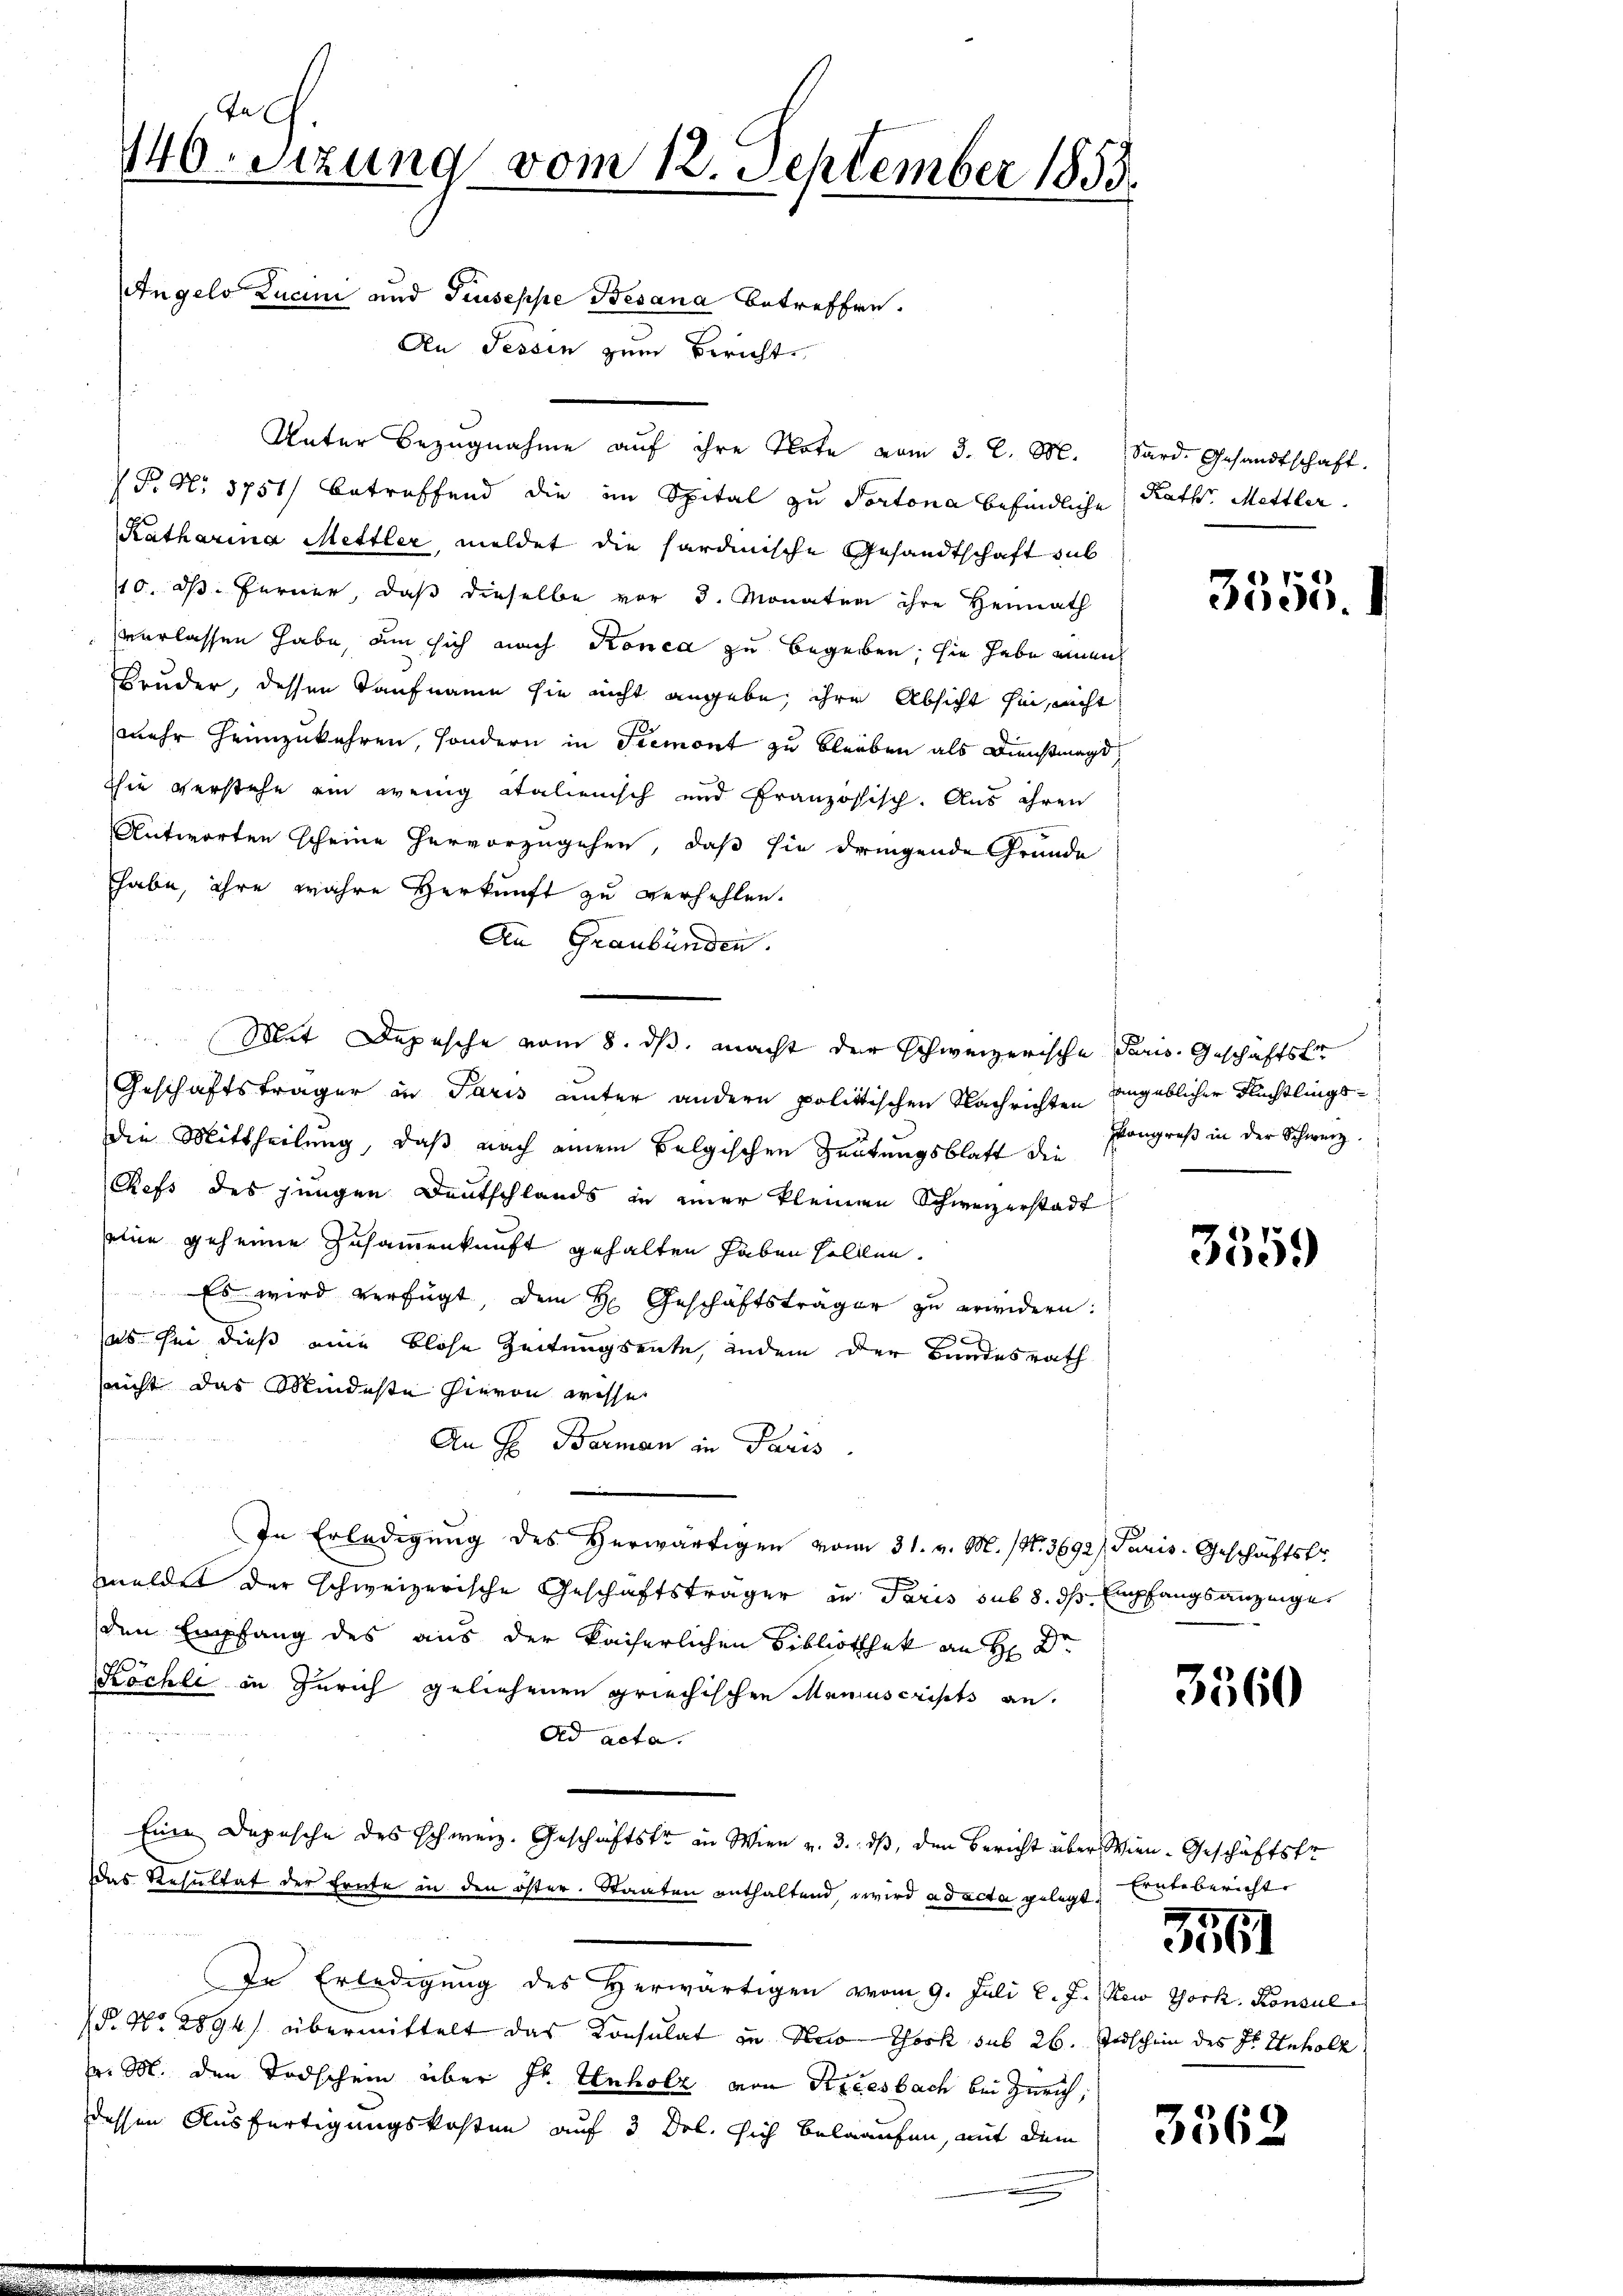
Angelo Lucini und Pruseppe Besana betreffen.
An Tessin zum Bericht
P. Nr. 3751) betreffend die im Spital zu Portona befindliche
Katharina Mettler, meldet die hardinische Gesandtschaft sub
10. ds. Ferner, daß dieselbe vor 3. Monaten ihre Heimath
verlassen habe, um sich nach Ronca zu begeben, sie habe einen
Bruder, dessen Taufname sie nicht angebe, ihre Absicht hin, nicht
mehr heimzukehren, sondern in Tremont zu bleiben als Dienstmagd,
hie verstehe ein wenig italienisch und Französisch. Aus ihren
Antworten scheine hervorzugehen, daß sie dringende Grunde
habe, ihre wahre Herkunft zu verhehlen.
An Graubünden.
Geschäftsträger in Paris unter andern politischen Nachrichten angeblicher Flüchtlingsdie Mittheilung, daß nach einem Belgischen Zeitungsblatt die
Chefs des jungen Deutschlands in einer kleinen Schweizerstadt
seine geheime Zusammenkunft gehalten haben sollen.
Es wird verfügt dem H. Geschäftsträger zu erwidern:
es für dieß eine blose Zeitungsente, indem der Bundesrath
nicht das Mindeste hievon wisse
t
An H. Barman in Paris.
In Erledigung des Herwärtigen vom 31. v. M. (N. 3692), Paris. Geschäftstr
meldet der schweizerische Geschäftsträger in Paris sub 8. ds Empfangsanzeiger
den Empfang des aus der kaiserlichen Bibliothek an H: Dr.
Köchli in Zürich geliehenen griechischen Manuscripts an.
Ad acta.
Eine Depesche des Schweiz. Geschäftstr an Wien v. 3. ds, den Bericht über Wien. Geschäftsfr
Das Resultat der heute in den öster. Staaten enthaltend, wird ad acta gelegt.
In Erledigung des herwärtigen vom 9. Juli l. J. New York, Konsul
(P. No. 2894) übermittelt das Konsulat zu Nao York sub 26. Todschein des Hr. Unholz
v. M. den Todschein über St. Unholz von Striesbach bei Zürich,
dessen Ausfertigungskosten auf 3 Del. sich belaufen, mit dem

Juch.
140sizung vom 12. September 1858.

Unter Bezugnahme auf ihre Plate vom 3. d. M.

Met Depesche vom 8. ds. macht der schweizerische Dari. Geschäftsfr

Sard. Gesandtschaft.
Kath. Mettler

3555.

Kongreß in der Schweiz.

3359

3560

Erntebericht

3461

3562